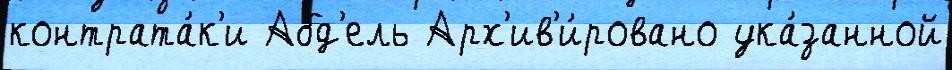
контрата́к'и Абд'ель Арх'ив'и́ровано ука́занной